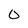
Character: 0